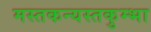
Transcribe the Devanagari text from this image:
मस्तकन्यस्तकुम्भा